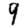
Digit: 9